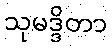
သုမဒ္ဒိတာ